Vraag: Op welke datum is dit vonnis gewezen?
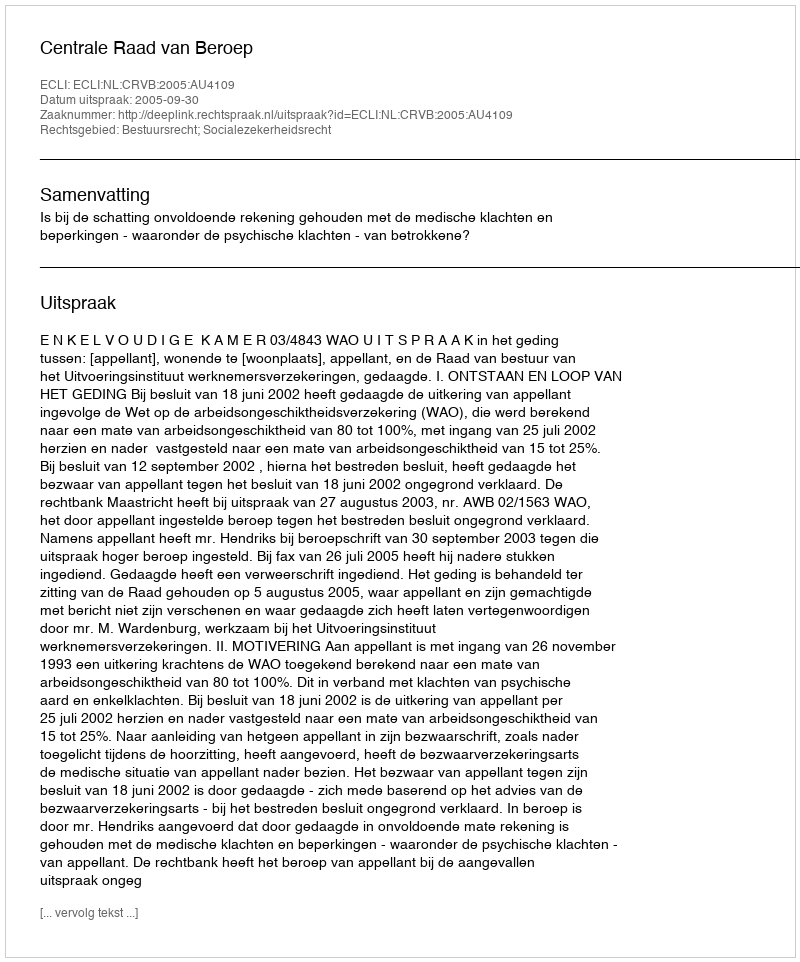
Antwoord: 2005-09-30